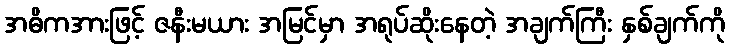
အဓိကအားဖြင့် ဇနီးမယား အမြင်မှာ အရုပ်ဆိုးနေတဲ့ အချက်ကြီး နှစ်ချက်ကို